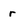
Character: r